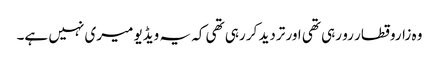
وہ زاروقطار رو رہی تھی اور تردید کر رہی تھی کہ یہ ویڈیو میری نہیں ہے۔